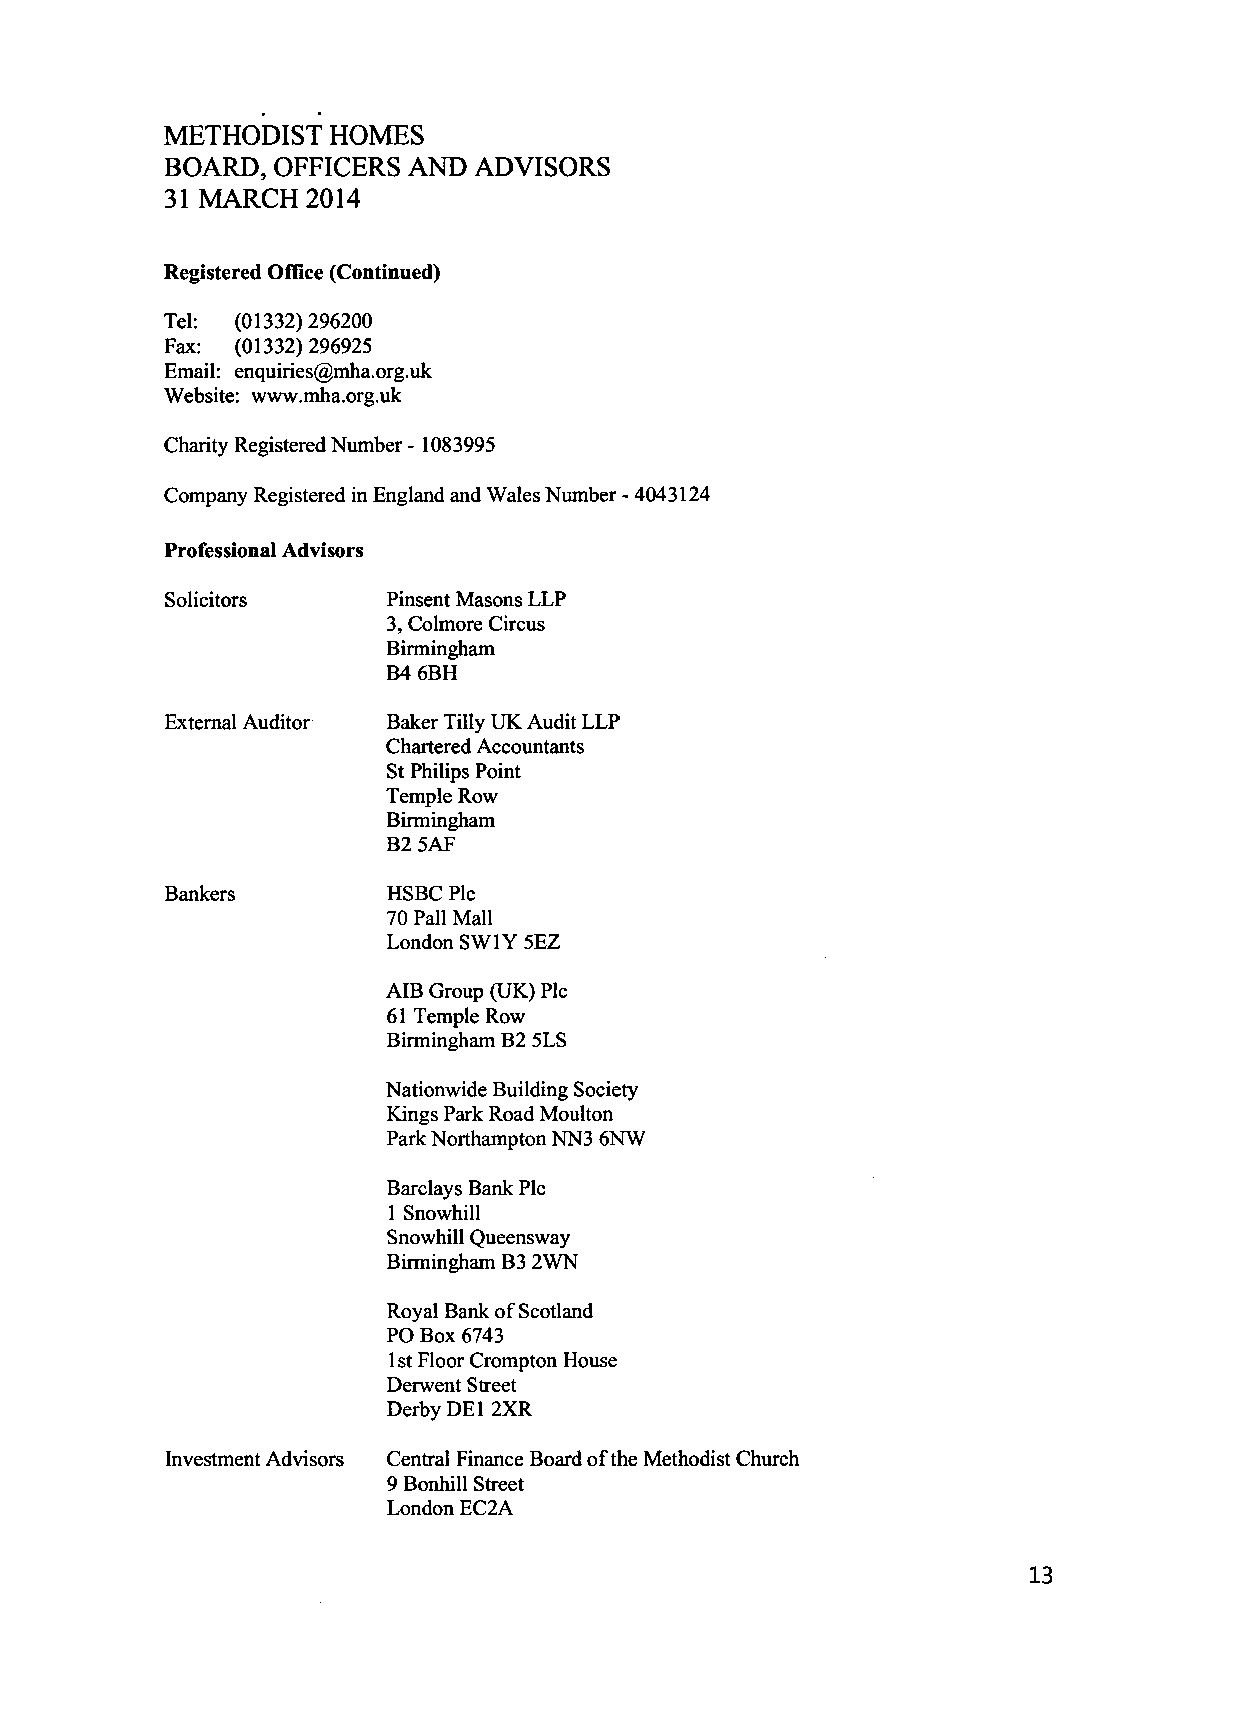
METHODIST  HOMES
 BOARD, OFFICERS AND  ADVISORS
 31 MARCH  2014
 Registered Office (Continued)
 Tel: (01332)296200
 Fax: (01332) 296925
 Email: enquiries@mha.org.uk
 Website: www.mha.org.uk
 Charity Registered Number - 1083995
 Company Registered in England and Wales Number - 4043124
 Professional Advisors
 Solicitors     Pinsent Masons LLP
 3, Colmore Circus
 Birmingham
 B4 6BH
 External Auditor Baker Tilly UK Audit LLP
 Chartered Accountants
 St Philips Point
 Temple Row
 Birmingham
 B2 5AF
 Bankers        HSBC Pic
 70 Pall Mall
 London SW1Y 5EZ
 AIB Group (UK) Pic
 61 Temple Row
 Birmingham B2 5LS
 Nationwide Building Society
 Kings Park Road Moulton
 Park Northampton NN3 6NW
 Barclays Bank Pic
 1 Snowhill
 Snowhill Queensway
 Birmingham B3 2WN
 Royal Bank of Scotland
 PO Box 6743
 1 st Floor Crompton House
 Derwent Street
 Derby DEI 2XR
 Investment Advisors Central Finance Board of the Methodist Church
 9 Bonhill Street
 London EC2A